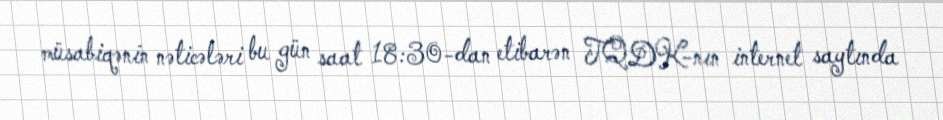
müsabiqənin nəticələri bu gün saat 18:30-dan etibarən TQDK-nın internet saytında